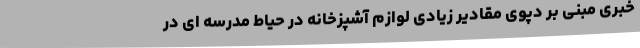
خبری مبنی بر دپوی مقادیر زیادی لوازم آشپزخانه در حیاط مدرسه ای در